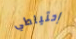
إحتياطي